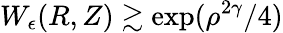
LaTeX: W_{\epsilon}(R,Z)\gtrsim\exp(\rho^{2\gamma}/4)